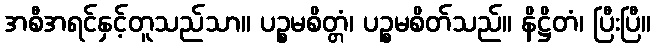
အစီအရင်နှင့်တူသည်သာ။ ပဉ္စမစိတ္တံ၊ ပဉ္စမစိတ်သည်။ နိဋ္ဌိတံ၊ ပြီးပြီ။